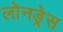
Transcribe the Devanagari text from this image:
लोनड्रेस